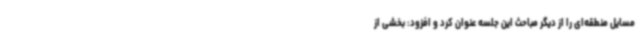
مسایل منطقه‌ای را از دیگر مباحث این جلسه عنوان کرد و افزود: بخشی از